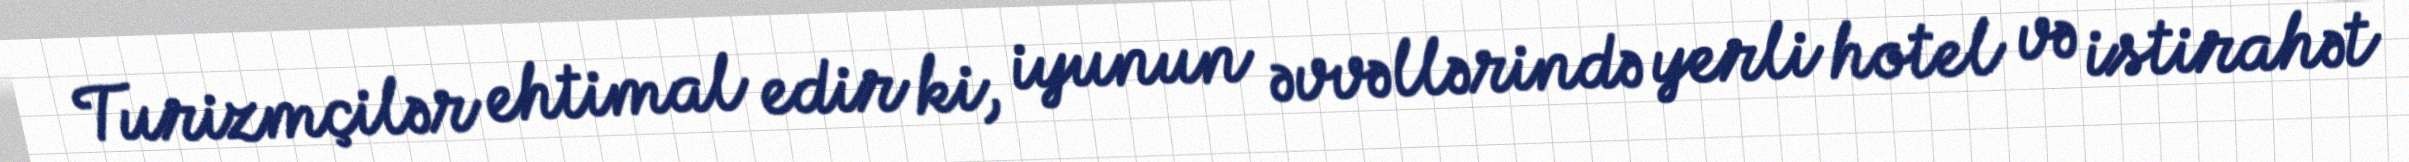
Turizmçilər ehtimal edir ki, iyunun əvvəllərində yerli hotel və istirahət